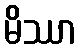
မိဿာ